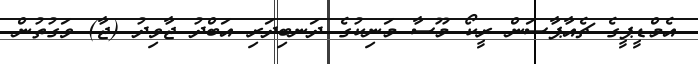
އެމްޑީޕީގެ ޗެއާޕާސަން ރީކޯ މޫސާ މަނިކުގެ ދަނބިދަރި އަބްދު ޖާވިދު (ޖާ) ވަގުތުން